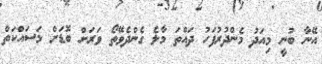
އޭނާ ބުނީ މިއަދު މެންދުރުފަހު ދައްތަ މާލެ ގެންދެވޭތޯ ވަރަށް ބޮޑަށް މަސައްކަތް